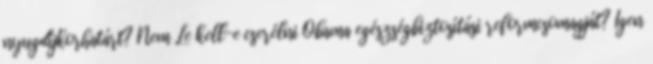
nyugdíjkorhatárt? Nem Le kell-e cserélni Obama egészségbiztosítási reformcsomagját? Igen